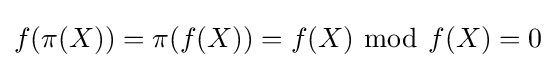
f(\pi (X))=\pi (f(X))=f(X)\ {\bmod {\ }}f(X)=0